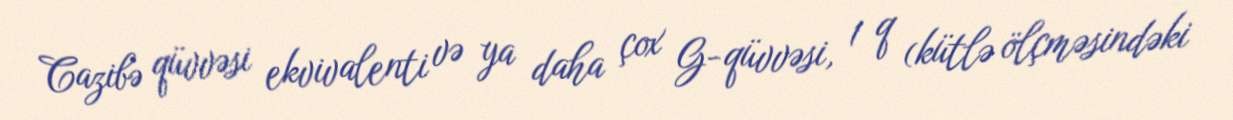
Cazibə qüvvəsi ekvivalenti və ya daha çox G-qüvvəsi, 1 q (kütlə ölçməsindəki